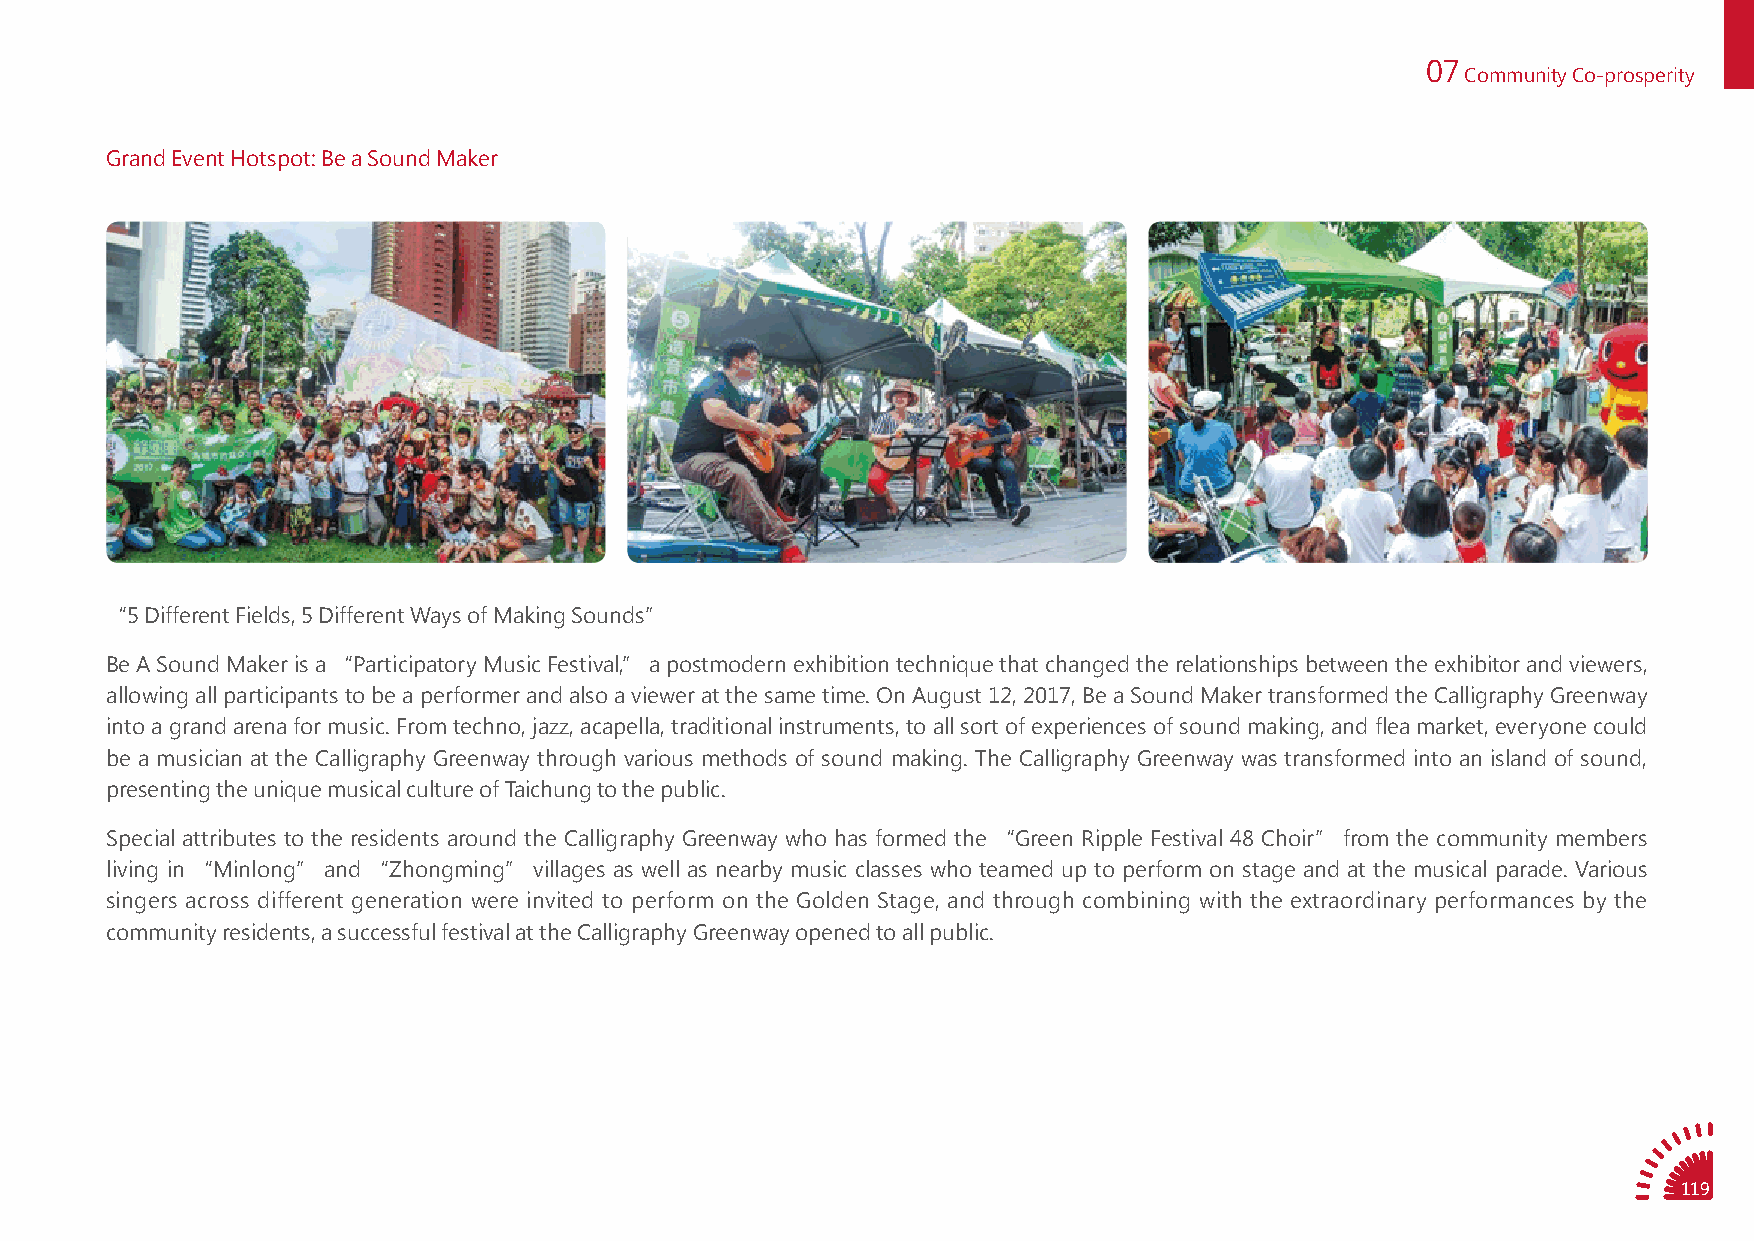
07
 Community Co-prosperity
 Grand Event Hotspot: Be a Sound Maker
 “5 Different Fields, 5 Different Ways of Making Sounds”
 Be A Sound Maker is a “Participatory Music Festival,” a postmodern exhibition technique that changed the relationships between the exhibitor and viewers,
 allowing all participants to be a performer and also a viewer at the same time. On August 12, 2017, Be a Sound Maker transformed the Calligraphy Greenway
 into a grand arena for music. From techno, jazz, acapella, traditional instruments, to all sort of experiences of sound making, and flea market, everyone could
 be a musician at the Calligraphy Greenway through various methods of sound making. The Calligraphy Greenway was transformed into an island of sound,
 presenting the unique musical culture of Taichung to the public.
 Special attributes to the residents around the Calligraphy Greenway who has formed the “Green Ripple Festival 48 Choir” from the community members
 living in “Minlong” and “Zhongming” villages as well as nearby music classes who teamed up to perform on stage and at the musical parade. Various
 singers across different generation were invited to perform on the Golden Stage, and through combining with the extraordinary performances by the
 community residents, a successful festival at the Calligraphy Greenway opened to all public.
 119